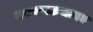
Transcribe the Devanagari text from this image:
मरुमक्कथायम